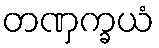
တဏှက္ခယံ